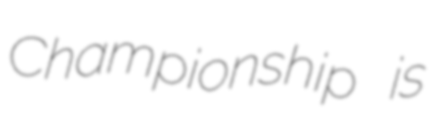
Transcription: Championship is